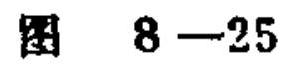
图 \(8 - 25\)